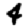
Digit: 4